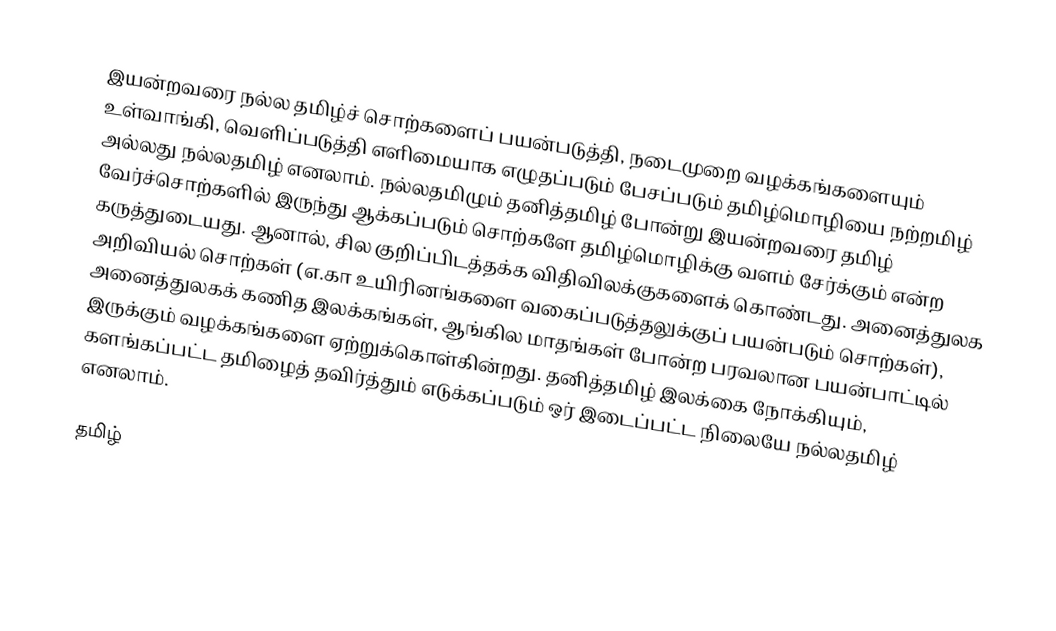
இயன்றவரை நல்ல தமிழ்ச் சொற்களைப் பயன்படுத்தி, நடைமுறை வழக்கங்களையும் உள்வாங்கி, வெளிப்படுத்தி எளிமையாக எழுதப்படும் பேசப்படும் தமிழ்மொழியை நற்றமிழ் அல்லது நல்லதமிழ் எனலாம். நல்லதமிழும் தனித்தமிழ் போன்று இயன்றவரை தமிழ் வேர்ச்சொற்களில் இருந்து ஆக்கப்படும் சொற்களே தமிழ்மொழிக்கு வளம் சேர்க்கும் என்ற கருத்துடையது. ஆனால், சில குறிப்பிடத்தக்க விதிவிலக்குகளைக் கொண்டது. அனைத்துலக அறிவியல் சொற்கள் (எ.கா உயிரினங்களை வகைப்படுத்தலுக்குப் பயன்படும் சொற்கள்), அனைத்துலகக் கணித இலக்கங்கள், ஆங்கில மாதங்கள் போன்ற பரவலான பயன்பாட்டில் இருக்கும் வழக்கங்களை ஏற்றுக்கொள்கின்றது. தனித்தமிழ் இலக்கை நோக்கியும், களங்கப்பட்ட தமிழைத் தவிர்த்தும் எடுக்கப்படும் ஒர் இடைப்பட்ட நிலையே நல்லதமிழ் எனலாம்.

தமிழ்